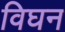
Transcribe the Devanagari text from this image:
विघन